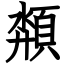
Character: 頮